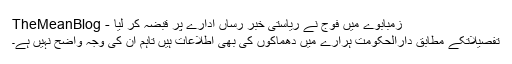
زمبابوے میں فوج نے ریاستی خبر رساں ادارے پر قبضہ کر لیا - TheMeanBlog
تفصیلاتکے مطابق دارالحکومت ہرارے میں دھماکوں کی بھی اطلاعات ہیں تاہم ان کی وجہ واضح نہیں ہے۔